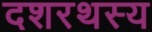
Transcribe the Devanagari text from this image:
दशरथस्य